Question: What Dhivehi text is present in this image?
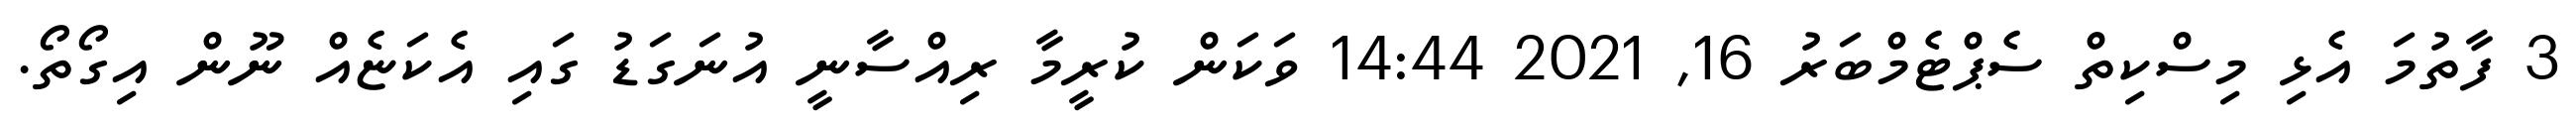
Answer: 3 ފާތުމަ އެޅި މިސްކިތް ސެޕްޓެމްބަރު 16, 2021 14:44 ވަކަން ކުރީމާ ރިއްސާނީ އުނަގަޑު ގައި އެކަޏެއް ނޫން އިގޯތޯ.